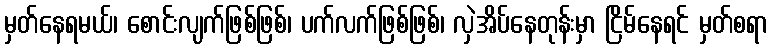
မှတ်နေရမယ်၊ စောင်းလျက်ဖြစ်ဖြစ်၊ ပက်လက်ဖြစ်ဖြစ်၊ လှဲအိပ်နေတုန်းမှာ ငြိမ်နေရင် မှတ်စရာ